Insane asylums in Bengal annual reports 1867-1875 - 1867-1875
Year: 1867
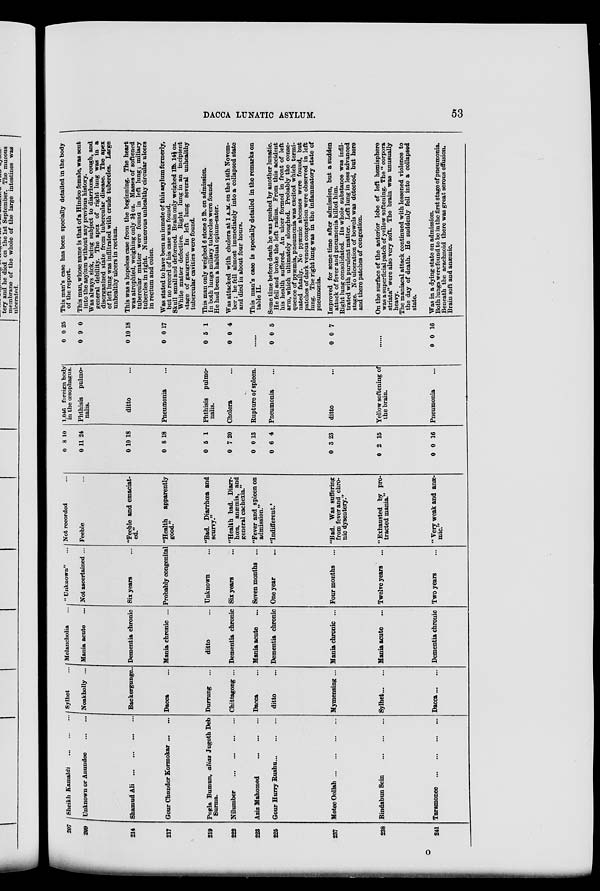
DACCA LUNATIC ASYLUM.
53
207
209
214
217
219
222
223
225
237
238
241
Sheikh Kamaldi
...
...
...
Unknown or Anundee
...
...
Shamud Ali
... ... ... ...
Gour Chunder Kormokar ... ...
Pugla Bumun, alias Jugoth Deb
Surma.
Nilumber
...
...
...
...
Aziz Mahomed
...
...
...
Gour Hurry Rushu
...
...
...
Motee Oollah
...
...
...
...
Bindabun Sein
...
...
...
Taramonee
... ... ... ...
Sylhet ...
Noakholly ...
Backergunge.
Dacca ...
Durrung ...
Chittagong ...
Dacca ...
ditto ...
Mymensing ...
Sylhet ... ...
Dacca ... ...
Melancholia ...
Mania acute ...
Dementia chronic
Mania chronic ...
ditto ...
Dementia chronic
Mania acute ...
Dementia chronic
Mania chronic ...
Mania acute ...
Dementia chronic
" Unknown" ...
Not ascertained ...
Six years ...
Probably congenital
Unknown ...
Six years ...
Seven months ...
One year ...
Four months ...
Twelve years ...
Two years ...
Not recorded ...
Feeble ...
"Feeble and emaciat-
ed."
"Health
apparently
good."
"Bad. Diarrhœa and
scurvy."
"Health bad. Diarr-
hœa, anæmia, and
general cachexia."
"Fever and spleen on
admission."
"Indifferent.'
"Bad. Was suffering
from fever and chro-
nic dysentery."
" Exhausted by pro-
tracted mania."
"Very weak and anæ-
mic."
0
0
0
0
0
0
0
0
0
0
0
8
11
10
8
5
7
0
6
3
2
0
10
24
18
18
1
20
13
4
23
15
16
1,046 foreign body
in the œsophagus.
Phthisis pulmo-
nalis.
ditto ...
Pneumonia ...
Phthisis pulmo-
nalis.
Cholera ...
Rupture of spleen.
Pneumonia ...
ditto ...
Yellow softening of
the brain.
Pneumonia ...
0
0
0
0
0
0
0
9
10
0
5
0
25
0
18
17
1
4
......
0
0
0
0
5
7
......
0
0 16
This man's case has been specially detailed in the body
of the report.
This man, whose name is that of a Hindoo female, was sent
into the asylum without any previous history.
Was always sick, being subject to diarrhœa, cough, and
general debility. The apex of right lung was in a
disorganized state from tubercular disease. The apex
of left lung was infiltrated with crude tubercles. Large
unhealthy ulcers in rectum.
This was a hopeless case from the beginning. The heart
was atrophied, weighing only 3½ oz. Masses of softened
tubercular matter were found in left lung; miliary
tubercles in right. Numerous unhealthy circular ulcers
in rectum and colon.
Was stated to have been an inmate of this asylum formerly,
but no record of his case was found.
Skull small and deformed. Brain only weighed 1lb. 14½ oz.
White matter defective. Right lung in an incipient
stage of gangrene. In left lung several unhealthy
tubercular cavities were found.
This man only weighed 6 stone 5 lb. on admission.
In both lungs miliary tubercles were found.
He had been a habitual opium-eater.
Was attacked with cholera at 1 A.M. on the 14th Novem-
ber; he fell almost immediately into a collapsed state
and died in about four hours.
This man's case is specially detailed in the remarks on
table II.
Some time before death he was pushed by another lunatic.
He fell and broke the left radius. From this accident
his health suffered. An ulcer formed in front of left
arm, which ultimately sloughed. Probably the conse-
quence of pyæmia, pneumonia was excited which termi-
nated fatally. No pyæmic abcesses were found, but
patches of dark venous congestion were observed in left
lung. The right lung was in the inflammatory state of
pneumonia.
Improved for some time after admission, but a sudden
attack of fever and pneumonia killed him.
Right lung consolidated. Its whole substance was infil-
trated with purulent matter. Left lung in less advanced
stage. No ulceration of bowels was detected, but here
and there patches of congestion.
On the surface of the anterior lobe of left hemisphere
was a superficial patch of yellow softening. The " corpora
striata" were also very soft. The brain was unusually
heavy.
The maniacal attack continued with lessened violence to
the day of death. He suddenly fell into a collapsed
state.
Was in a dying-state on admission.
Both lungs were found to be in the first stage of pneumonia.
Beneath the arachnoid there was great serous effusion.
Brain soft and anæmic.